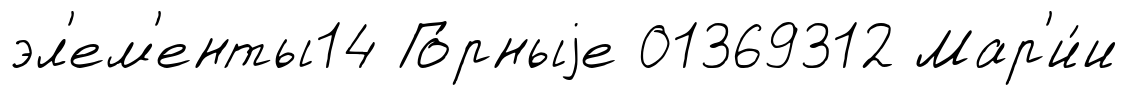
эл'ем'енты14 Го́рныjе 01369312 Мар'и́и